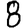
Digit: 8